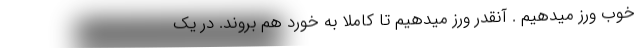
خوب ورز میدهیم . آنقدر ورز میدهیم تا کاملا به خورد هم بروند. در یک